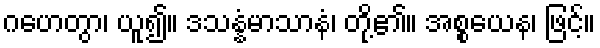
ဂဟေတွာ၊ ယူ၍။ ဒသန္နံမာသာနံ၊ တို့၏။ အစ္စယေန၊ ဖြင့်။